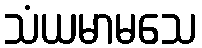
သံယမာမသေ